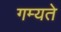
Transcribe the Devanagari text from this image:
गम्यते